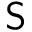
{ \sf S }